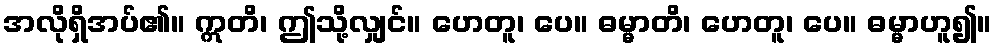
အလိုရှိအပ်၏။ ဣတိ၊ ဤသို့လျှင်။ ဟေတူ၊ ပေ။ ဓမ္မာတိ၊ ဟေတူ၊ ပေ။ ဓမ္မာဟူ၍။